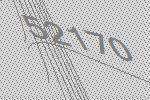
52170